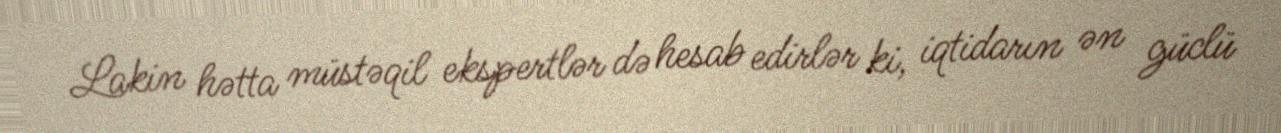
Lakin hətta müstəqil ekspertlər də hesab edirlər ki, iqtidarın ən güclü